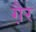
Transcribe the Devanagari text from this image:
गै़र